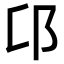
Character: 𨙪